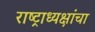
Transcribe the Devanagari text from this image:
राष्ट्राध्यक्षांचा